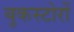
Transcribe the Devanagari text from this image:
बुकस्टोरों